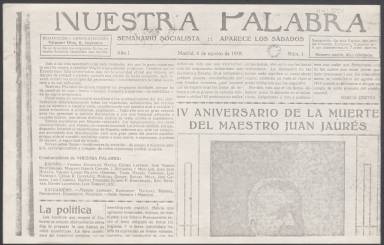
Título: Nuestra palabra (Madrid)
Colección: Periódicos
Ámbito geográfico: Madrid
Lugar de publicación: Madrid
Fechas: 06/08/1918-30/06/1920